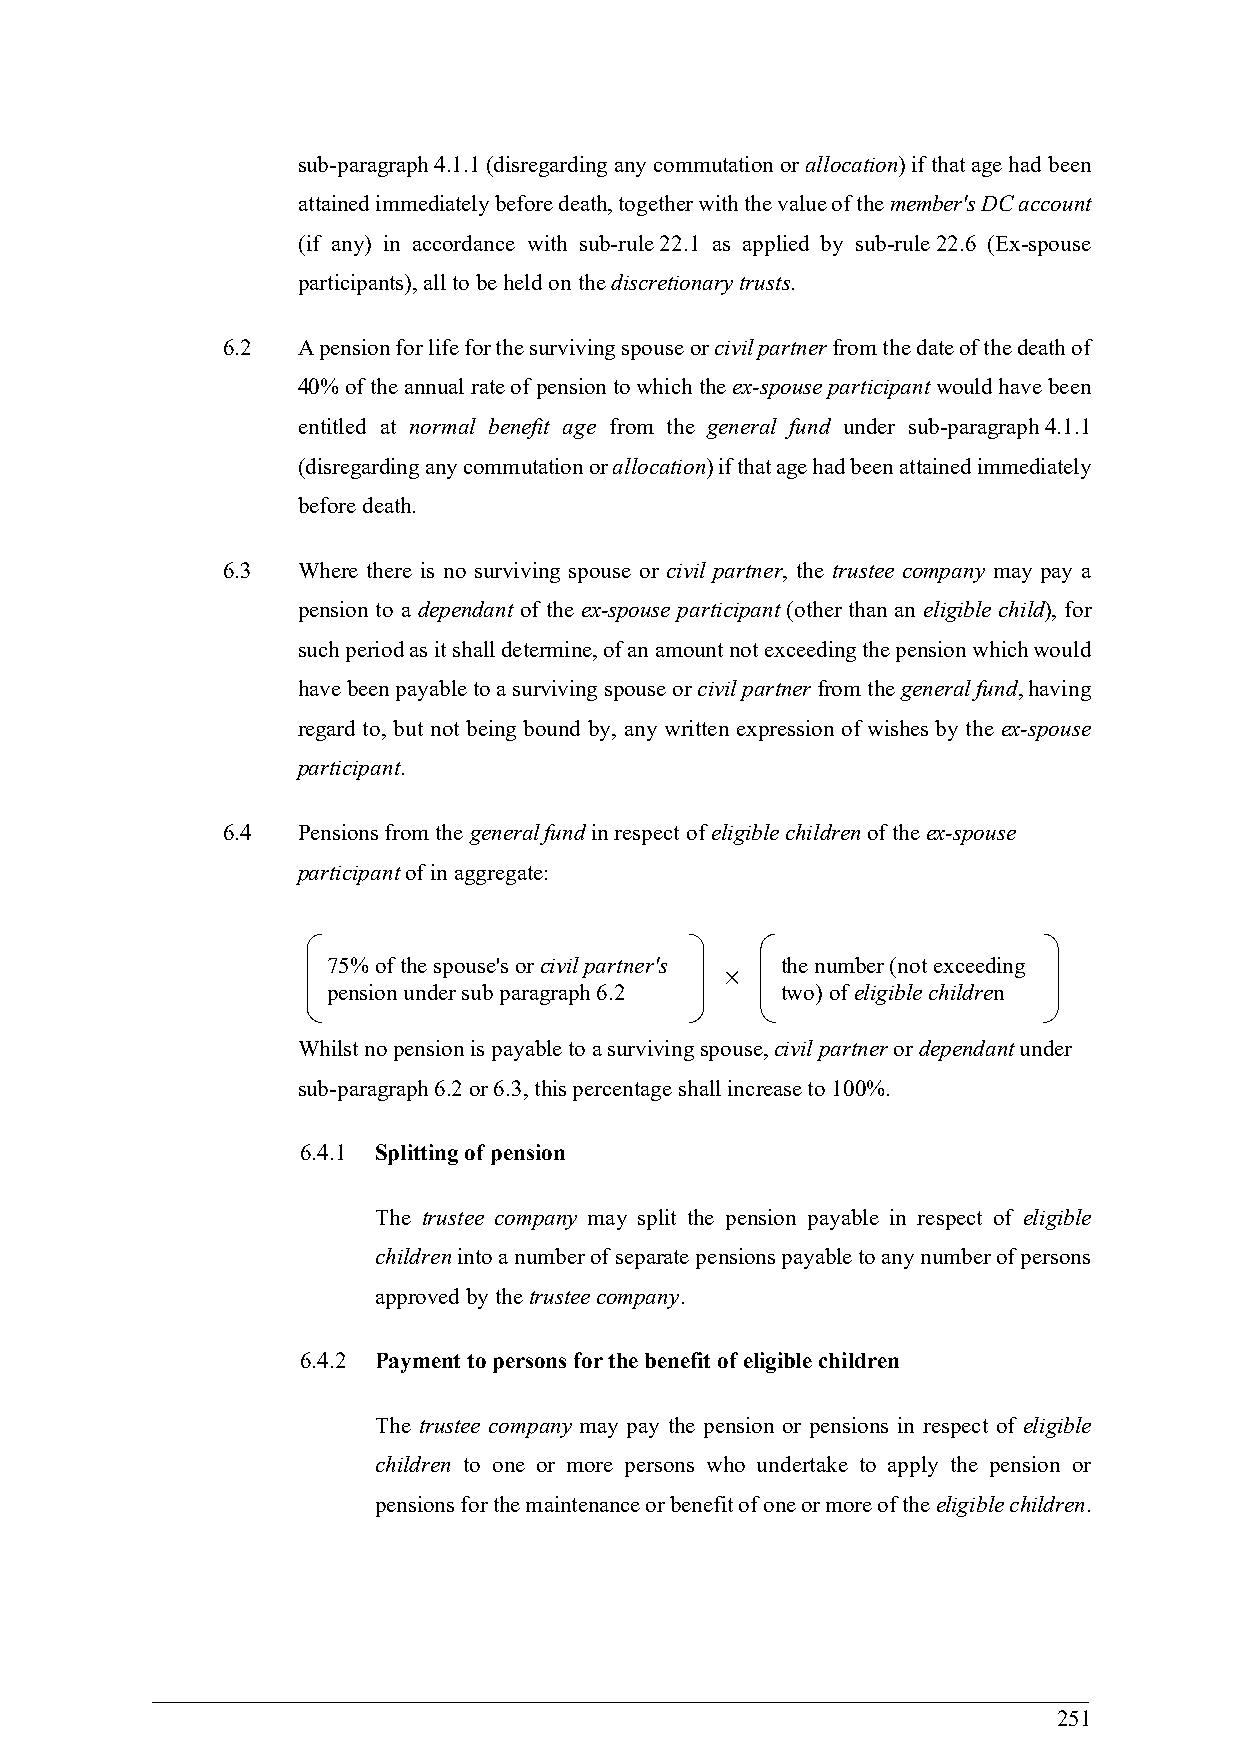
sub-paragraph 4.1.1 (disregarding any commutation or allocation) if that age had been
 attained immediately before death, together with the value of the member's DC account
 (if any) in accordance with sub-rule 22.1 as applied by sub-rule 22.6 (Ex-spouse
 participants), all to be held on the discretionary trusts.
 6.2  A pension for life for the surviving spouse or civil partner from the date of the death of
 40% of the annual rate of pension to which the ex-spouse participant would have been
 entitled at normal benefit age from the general fund under sub-paragraph 4.1.1
 (disregarding any commutation or allocation) if that age had been attained immediately
 before death.
 6.3  Where there is no surviving spouse or civil partner, the trustee company may pay a
 pension to a dependant of the ex-spouse participant (other than an eligible child), for
 such period as it shall determine, of an amount not exceeding the pension which would
 have been payable to a surviving spouse or civil partner from the general fund, having
 regard to, but not being bound by, any written expression of wishes by the ex-spouse
 participant.
 6.4  Pensions from the general fund in respect of eligible children of the ex-spouse
 participant of in aggregate:
 75% of the spouse's or civil partner's the number (not exceeding
 
 pension under sub paragraph 6.2 two) of eligible children
 Whilst no pension is payable to a surviving spouse, civil partner or dependant under
 sub-paragraph 6.2 or 6.3, this percentage shall increase to 100%.
 6.4.1 Splitting of pension
 The trustee company may split the pension payable in respect of eligible
 children into a number of separate pensions payable to any number of persons
 approved by the trustee company.
 6.4.2 Payment to persons for the benefit of eligible children
 The trustee company may pay the pension or pensions in respect of eligible
 children to one or more persons who undertake to apply the pension or
 pensions for the maintenance or benefit of one or more of the eligible children.
 251